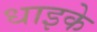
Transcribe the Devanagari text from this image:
धाइके